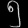
Digit: ၅